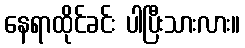
နေရာထိုင်ခင်း ပါပြီးသားလား။